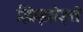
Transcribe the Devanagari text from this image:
झिझोड़ते